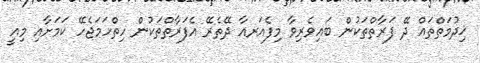
ޚިދުމަތްތައް ދޭ ފަރާތްތަކުން ބައިވެރިވާ މިފެއަރއާ ދޭތެރޭ އެފަރާތްތަކުން ހިތްހަމަޖެހޭ ކަމަށާއި މިއީ